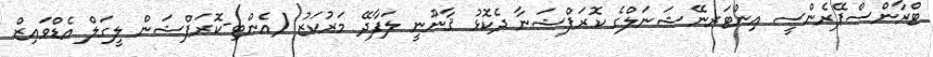
ޓްރާންސްޕޭރެންސީ އިންޓަރނޭޝަނަލްގެ ކޮރަޕްޝަނާ ދެކޮޅު ޤާނޫނީ ލަފާދޭ މަރުކަޒު (އެންޓި-ކޮރަޕްޝަން ލީގަލް އެޑްވައިޒް